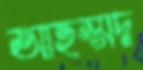
আহম্মদ